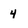
Character: 4